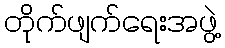
တိုက်ဖျက်ရေးအဖွဲ့